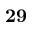
\bf { 2 9 }